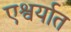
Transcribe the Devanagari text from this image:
एश्वर्यात